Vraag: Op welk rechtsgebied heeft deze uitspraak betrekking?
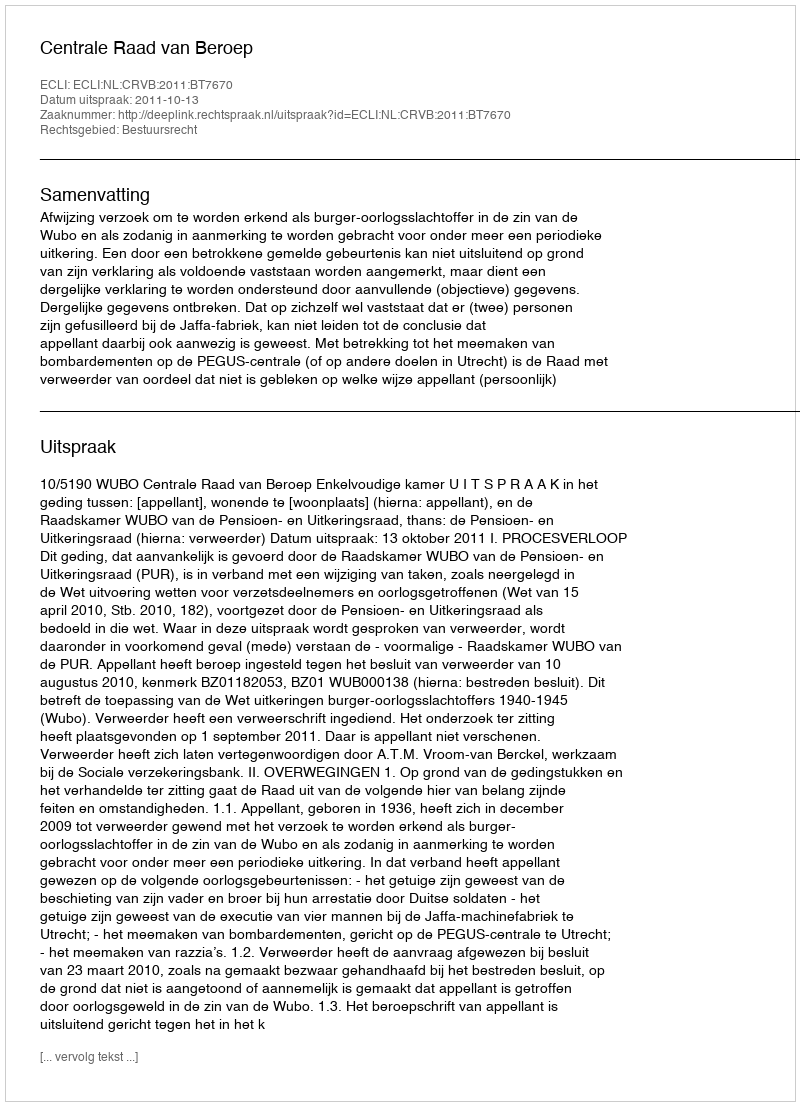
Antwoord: Bestuursrecht